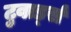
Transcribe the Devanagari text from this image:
टुवार्ड्स